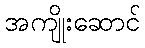
အကျိုးဆောင်